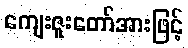
ကျေးဇူးတော်အားဖြင့်